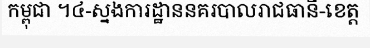
កម្ពុជា ។៤-ស្នងការដ្ឋាននគរបាលរាជធានី-ខេត្ត